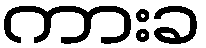
ကားခ